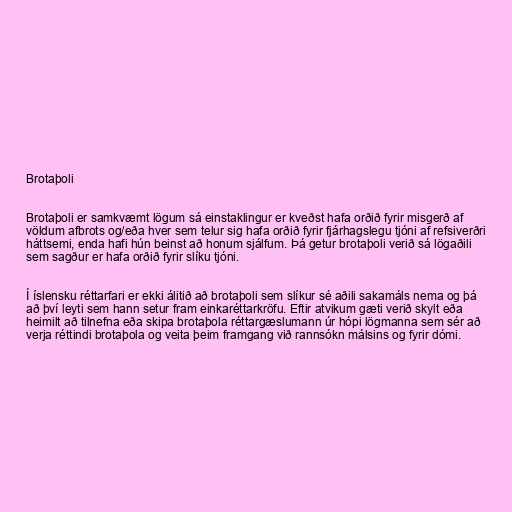
Brotaþoli

Brotaþoli er samkvæmt lögum sá einstaklingur er kveðst hafa orðið fyrir misgerð af
völdum afbrots og/eða hver sem telur sig hafa orðið fyrir fjárhagslegu tjóni af refsiverðri
háttsemi, enda hafi hún beinst að honum sjálfum. Þá getur brotaþoli verið sá lögaðili
sem sagður er hafa orðið fyrir slíku tjóni.

Í íslensku réttarfari er ekki álitið að brotaþoli sem slíkur sé aðili sakamáls nema og þá
að því leyti sem hann setur fram einkaréttarkröfu. Eftir atvikum gæti verið skylt eða
heimilt að tilnefna eða skipa brotaþola réttargæslumann úr hópi lögmanna sem sér að
verja réttindi brotaþola og veita þeim framgang við rannsókn málsins og fyrir dómi.